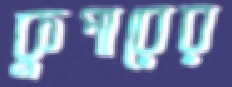
কুপারের